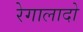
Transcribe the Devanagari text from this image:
रेगालादो